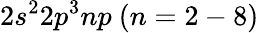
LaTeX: {2s^{2}2p^{3}np~(n=2-8)}